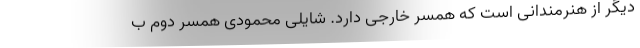
دیگر از هنرمندانی است که همسر خارجی دارد. شایلی محمودی همسر دوم ب